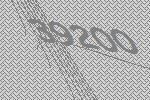
39200